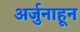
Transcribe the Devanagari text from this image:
अर्जुनाहून